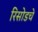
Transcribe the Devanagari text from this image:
रिसोडचे